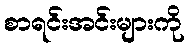
စာရင်းအင်းများကို